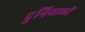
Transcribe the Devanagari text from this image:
दुनिवालों